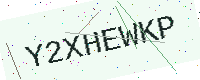
Text: Y2XHEWKP